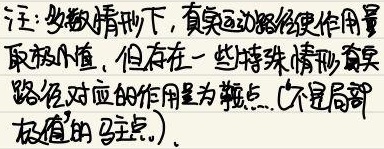
注：多数情形下，真实运动路径使作用量取极小值，但存在一些特殊情形真实路径对应的作用量为鞍点（不是局部极值的驻点.）